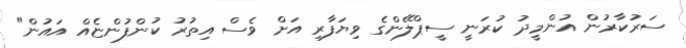
ސަރުކާރުން އުންމީދު ކުރަނީ ސީޕްލޭންގެ ވިޔަފާރި އަށް ވެސް އިތުރު ކުންފުންޏެއް އައުން"